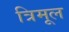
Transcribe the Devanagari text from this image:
त्रिमूल